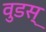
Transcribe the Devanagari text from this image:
वुडस्